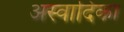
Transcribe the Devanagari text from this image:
अस्वादिका